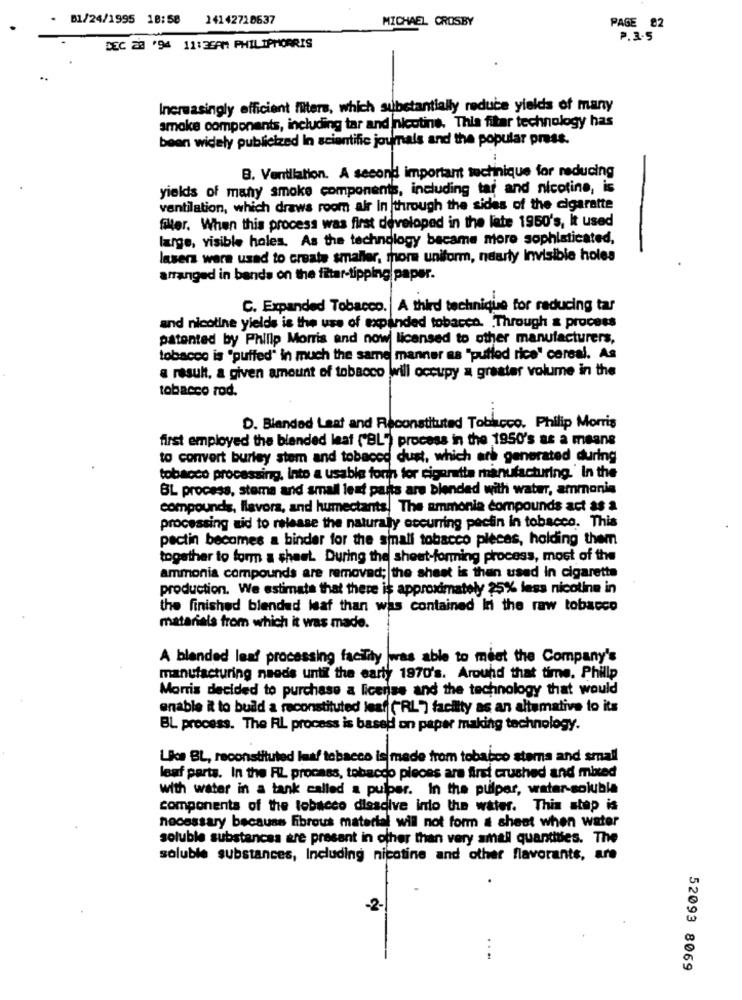
. 01/24/1995 18:58
14142710637
MICHAEL CROSBY
PAGE 82
P. 3.5
DEC 23 '94 11:35AM PHILIPMORRIS
Increasingly efficient filters, which substantially reduce yields of many
smoke components, including tar and nicotine. This fitar technology has
been widely publicized In scientific joumals and the popular press.
B. Ventilation. A second important techinique for reducing
yields of many smoke components, including tar and nicotine, is
ventilation, which draws room air In through the sides of the cigarette
filter. When this process was first developed in the late 1950's, it used
large, visible holes. As the technology became more sophisticated,
laserz were used to create smaller, more uniform, nearly Invisible holes
arranged in bands on the fitar-tipping paper.
C. Expanded Tobacco. A third technique for reducing tar
and nicotine yields is the use of expanded tobacco. Through & process
patented by Philip Morris and now licensed to other manufacturers,
tobacco is "puffed" in much the same manner as "pulled rice" cereal. As
a result, a given amount of tobacco will occupy a greater volume in the
tobacco rod.
D. Blended Laat and Reconstituted Tobacco. Philip Morris
first employed the blended leaf ("BL") process in the 1950's as a means
to convert burley stem and tobaced dust, which are generated during
tobacco processing, Into a usable forn for cigarette manufacturing.' In the
BL process, stema and small lest parts are blended with water, ammonia
compounds, llavora, and humectants. The ammonia compounds act as a
processing aid to release the naturally occurring pectin in tobacco. This
pectin becomes a binder for the small tobacco pleces, holding them
together to form a sheet. During the sheet-forming process, most of the
ammonia compounds are removed; the sheet is then used in cigarette
production. We estimate that there is approximately 25% less nicotine in
the finished blended leaf than was contained In the raw tobacco
materials from which it was made.
A blended leaf processing facility was able to meet the Company's
manufacturing needs until the early 1970's. Around that time. Phillp
Morris decided to purchase a license and the technology that would
enable it to build a reconstituted leaf ("RL") facilty as an altemative to its
BL process. The RL process is based on paper making technology.
Like BL, reconstituted laaf tabacco is made from tobacco stema and small
leaf parts. In the RL process, tobacco pieces are first crushed and mixed
with water in a tank called a pulper. In the pulper, water-soluble
components of the tobacco dissdive into the water. This step is
necessary because fibrous material will not form a sheet when water
soluble substances are present in other than very small quantities. The
soluble substances, Including nicotine and other flavorants, are
-2
...
52093 8069